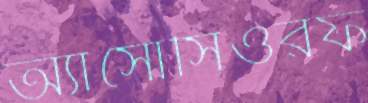
অ্যাসোসিওরফ